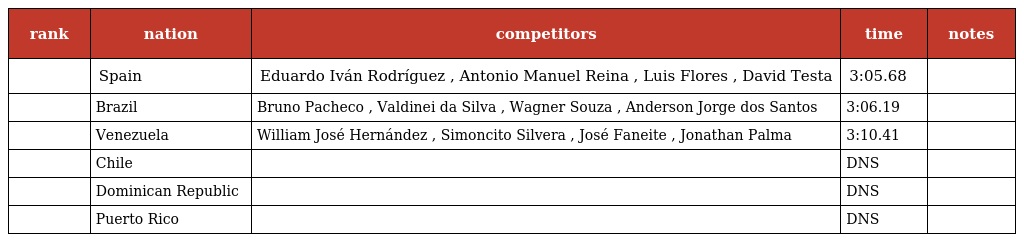
| rank | nation | competitors | time | notes |
 | --- | --- | --- | --- | --- |
 |  | Spain | Eduardo Iván Rodríguez , Antonio Manuel Reina , Luis Flores , David Testa | 3:05.68 |  |
 |  | Brazil | Bruno Pacheco , Valdinei da Silva , Wagner Souza , Anderson Jorge dos Santos | 3:06.19 |  |
 |  | Venezuela | William José Hernández , Simoncito Silvera , José Faneite , Jonathan Palma | 3:10.41 |  |
 |  | Chile |  | DNS |  |
 |  | Dominican Republic |  | DNS |  |
 |  | Puerto Rico |  | DNS |  |